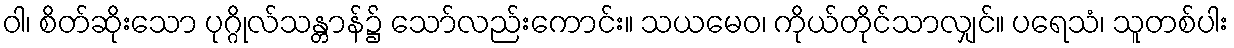
ဝါ၊ စိတ်ဆိုးသော ပုဂ္ဂိုလ်သန္တာန်၌ သော်လည်းကောင်း။ သယမေဝ၊ ကိုယ်တိုင်သာလျှင်။ ပရေသံ၊ သူတစ်ပါး